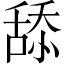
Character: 舔